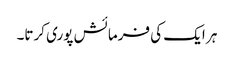
ہر ایک کی فرمائش پوری کرتا۔